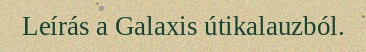
Leírás a Galaxis útikalauzból.